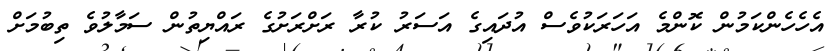
އެހެހެންކަމުން ކޮންމެ އަހަރަކުވެސް އުދައިގެ އަސަރު ކުރާ ރަށްރަށުގެ ރައްޔިތުން ސަމާލުވެ ތިބުމަށް